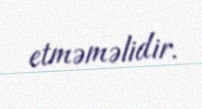
etməməlidir.